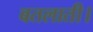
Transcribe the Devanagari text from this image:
बतलाती।